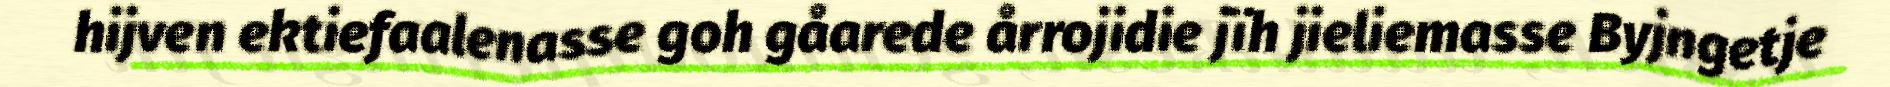
hijven ektiefaalenasse goh gåarede årrojidie jïh jieliemasse Byjngetje